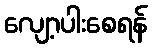
လျော့ပါးစေရန်